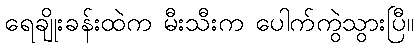
ရေချိုးခန်းထဲက မီးသီးက ပေါက်ကွဲသွားပြီ။